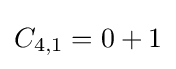
C_{4,1}=0+1